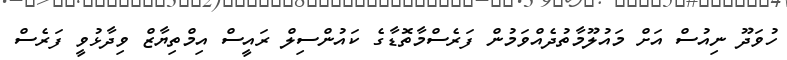
ހުވަދޫ ނިއުސް އަށް މައުލޫމާތުދެއްވަމުން ފަރެސްމާތޮޑާގެ ކައުންސިލް ރައީސް އިމްތިޔާޒް ވިދާޅުވީ ފަރެސް